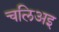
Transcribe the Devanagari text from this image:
चलिअइ